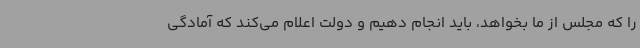
را که مجلس از ما بخواهد، باید انجام دهیم و دولت اعلام می‌کند که آمادگی